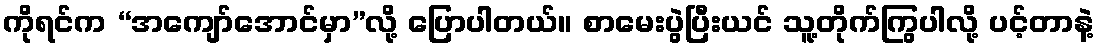
ကိုရင်က “အကျော်အောင်မှာ”လို့ ပြောပါတယ်။ စာမေးပွဲပြီးယင် သူ့တိုက်ကြွပါလို့ ပင့်တာနဲ့